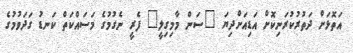
އަތޮޅަށް ދަތުރުކުރަނިކޮށް އަޑިއަށްދިޔަ "ސަން މާމިގިލީ" ފެރީ ނެގުމުގެ މަސައްކަތް ކަނޑު ގަދަވުމުގެ